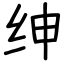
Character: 绅